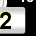
Digit: 2